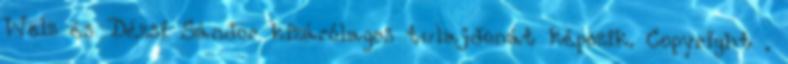
Welz és Dézsi Sándor kizárólagos tulajdonát képezik. Copyright .